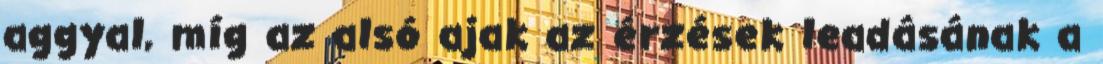
aggyal, míg az alsó ajak az érzések leadásának a